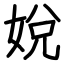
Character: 娧